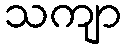
သကျာ